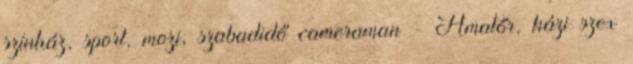
színház, sport, mozi, szabadidő cameraman - Amatőr, házi szex